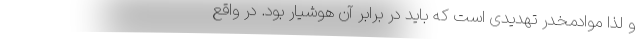
و لذا موادمخدر تهدیدی است که باید در برابر آن هوشیار بود. در واقع